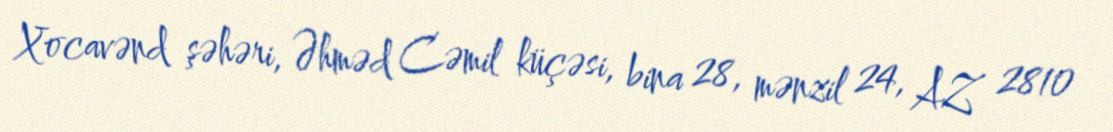
Xocavənd şəhəri, Əhməd Cəmil küçəsi, bina 28, mənzil 24, AZ 2810